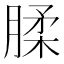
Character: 腬